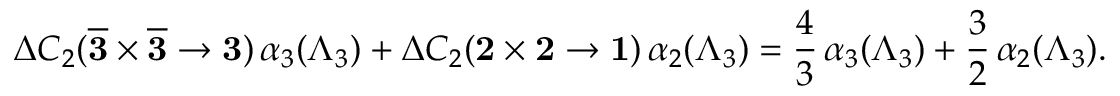
\Delta C _ { 2 } ( { \bf \overline { { { 3 } } } } \times { \bf \overline { { { 3 } } } } \rightarrow { \bf 3 } ) \, \alpha _ { 3 } ( \Lambda _ { 3 } ) + \Delta C _ { 2 } ( { \bf 2 } \times { \bf 2 } \rightarrow { \bf 1 } ) \, \alpha _ { 2 } ( \Lambda _ { 3 } ) = { \frac { 4 } { 3 } } \, \alpha _ { 3 } ( \Lambda _ { 3 } ) + { \frac { 3 } { 2 } } \, \alpha _ { 2 } ( \Lambda _ { 3 } ) .